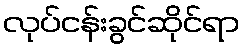
လုပ်ငန်းခွင်ဆိုင်ရာ